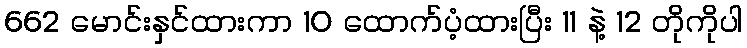
662 မောင်းနှင်ထားကာ 10 ထောက်ပံ့ထားပြီး 11 နဲ့ 12 တိုကိုပါ